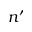
n ^ { \prime }